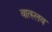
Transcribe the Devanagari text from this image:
वात्स्लव